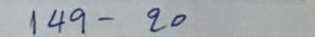
149 - 20